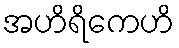
အဟိရိကေဟိ